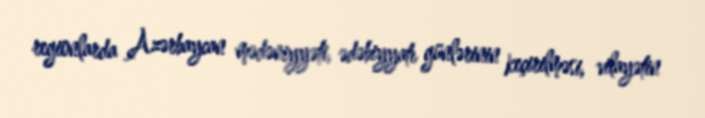
regionlarda Azərbaycan mədəniyyəti, ədəbiyyatı günlərinin keçirilməsi, vilayətin